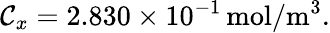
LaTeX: \mathcal{C}_{x}=2.830\times10^{-1}\, \mathrm{{mol/m^{3}}}.